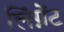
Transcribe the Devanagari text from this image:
लिंग्नेंट